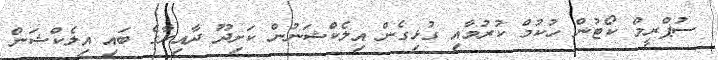
ސުޕްރީމް ކޯޓުން ހުކުމް ކުރުމާއި ގުޅިގެން އިލެކްޝަނުން ކަށިދޫ ދާއިރާގެ ބައި އިލެކްޝަން